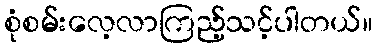
စုံစမ်းလေ့လာကြည့်သင့်ပါတယ်။